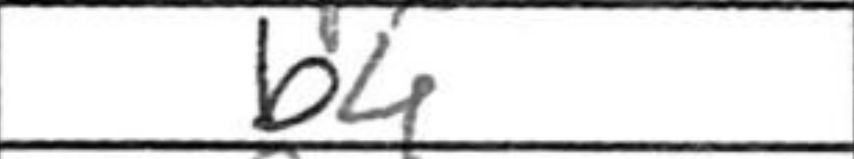
Transcription: b4